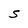
Character: S